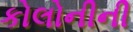
કોલોનીની